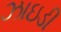
ઝાઇડી